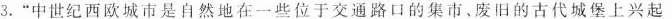
3.”中世纪西欧城市是自然地在一些位于交通路口的集市、废旧的古代城堡上兴起